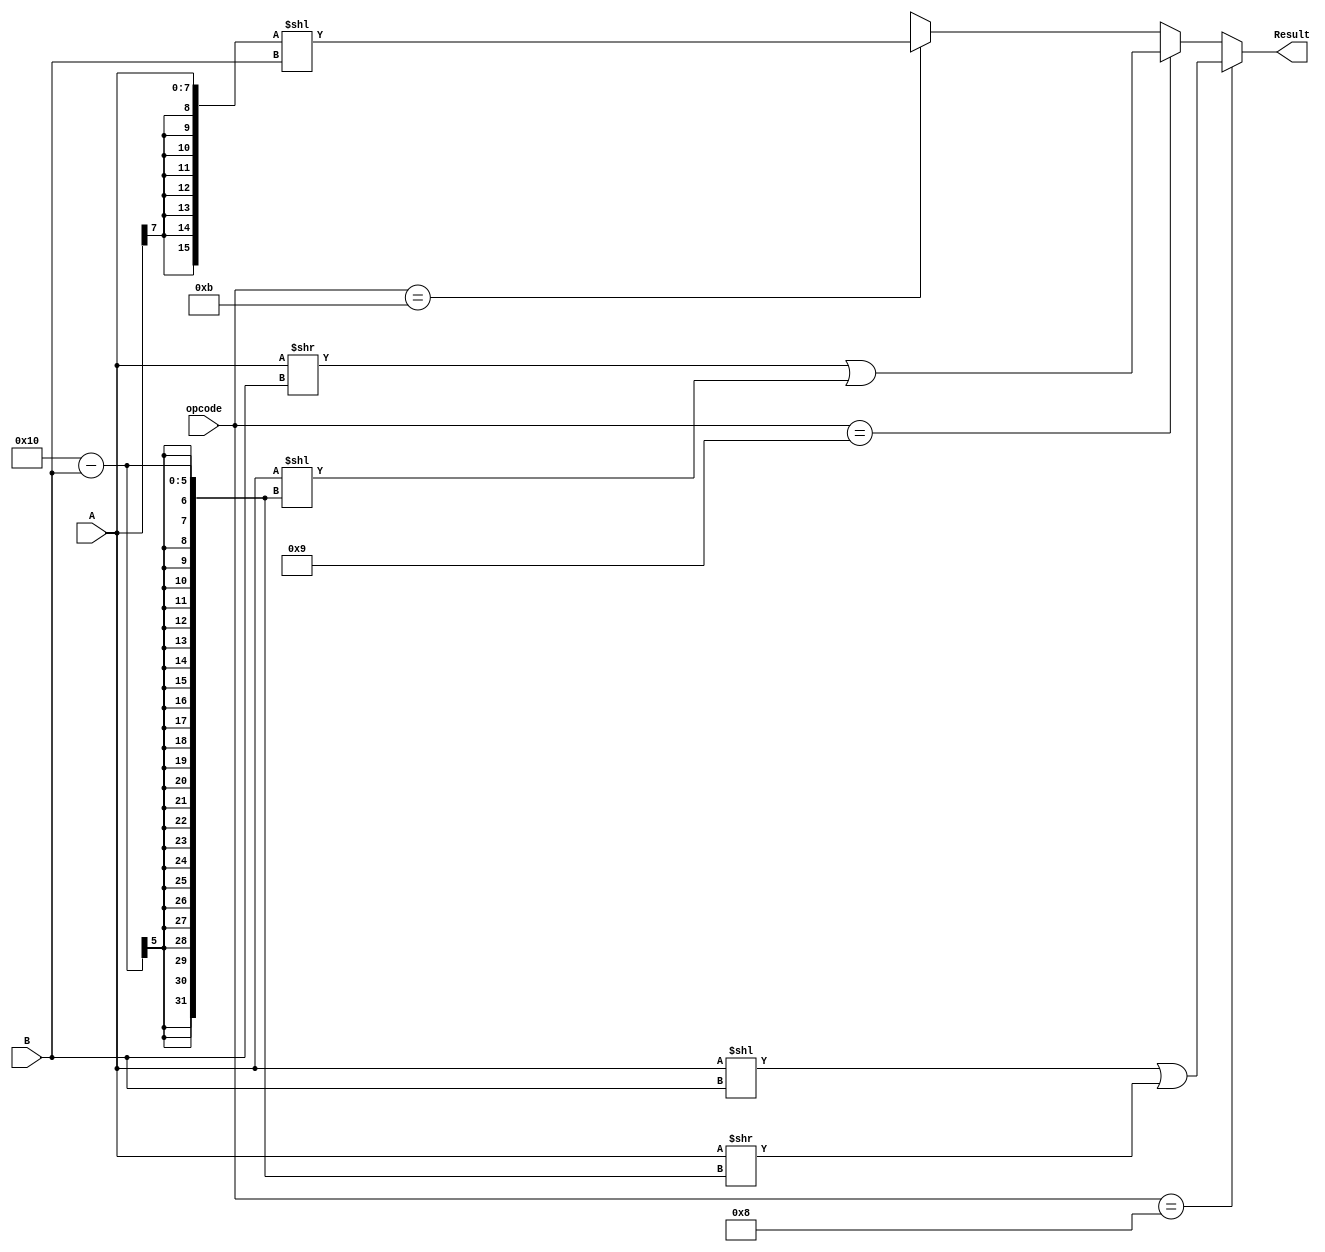

module shifter_sefunmi(opcode, A, B, Result);
	input  [3:0]  opcode;
	input  [7:0]  A;
	input  [3:0]  B;
	output [15:0] Result;
	wire   [15:0]  cs_a, as_a;
	
	
	assign cs_a = {{8{1'b0}},A};
	assign as_a = {{8{A[7]}},A};
	assign a_as_r = (as_a >> B) || {as_a[15],{15{1'b0}}};
	assign Result =	(opcode == 4'h8) ? (cs_a << B) | (cs_a >> (16-B))	:
							(opcode == 4'h9) ? (cs_a >> B) | (cs_a << (16-B))	:
							(opcode == 4'h9) ? a_as_r									:
							(opcode == 4'hb) ? as_a << B								:16'bx;

endmodule